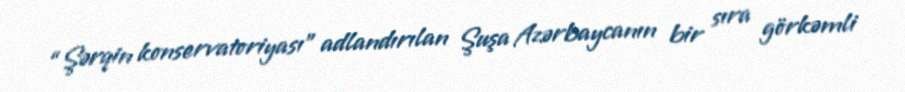
“Şərqin konservatoriyası” adlandırılan Şuşa Azərbaycanın bir sıra görkəmli